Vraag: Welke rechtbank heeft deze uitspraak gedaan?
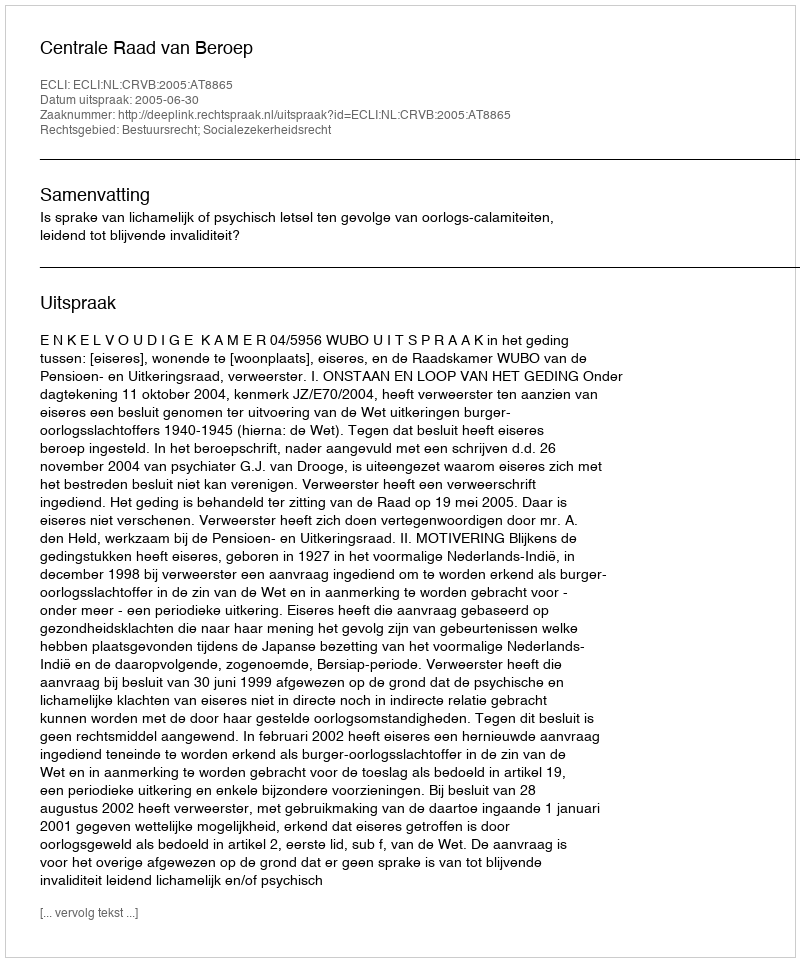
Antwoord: Centrale Raad van Beroep